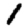
Digit: 1